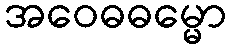
အဝေဓဓမ္မော